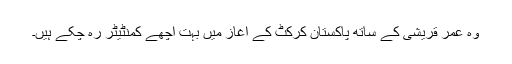
وہ عمر قریشی کے ساتھ پاکستان کرکٹ کے آغاز میں بہت اچھے کمنٹیٹر رہ چکے ہیں۔